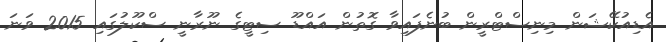
އެޑިއުކޭޝަން މިނިސްޓްރީން ބުނެފައިވާ ގޮތުން އައްޑޫ ސިޓީގެ ނޫރާނީ ސްކޫލުގައި 2015 ވަނަ